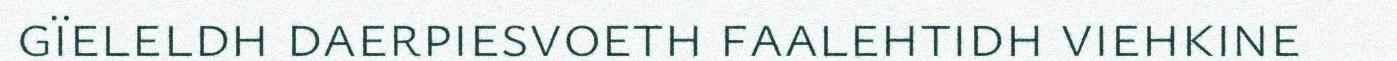
gïeleldh daerpiesvoeth faalehtidh viehkine